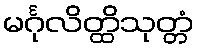
မင်္ဂုလိတ္ထိသုတ္တံ